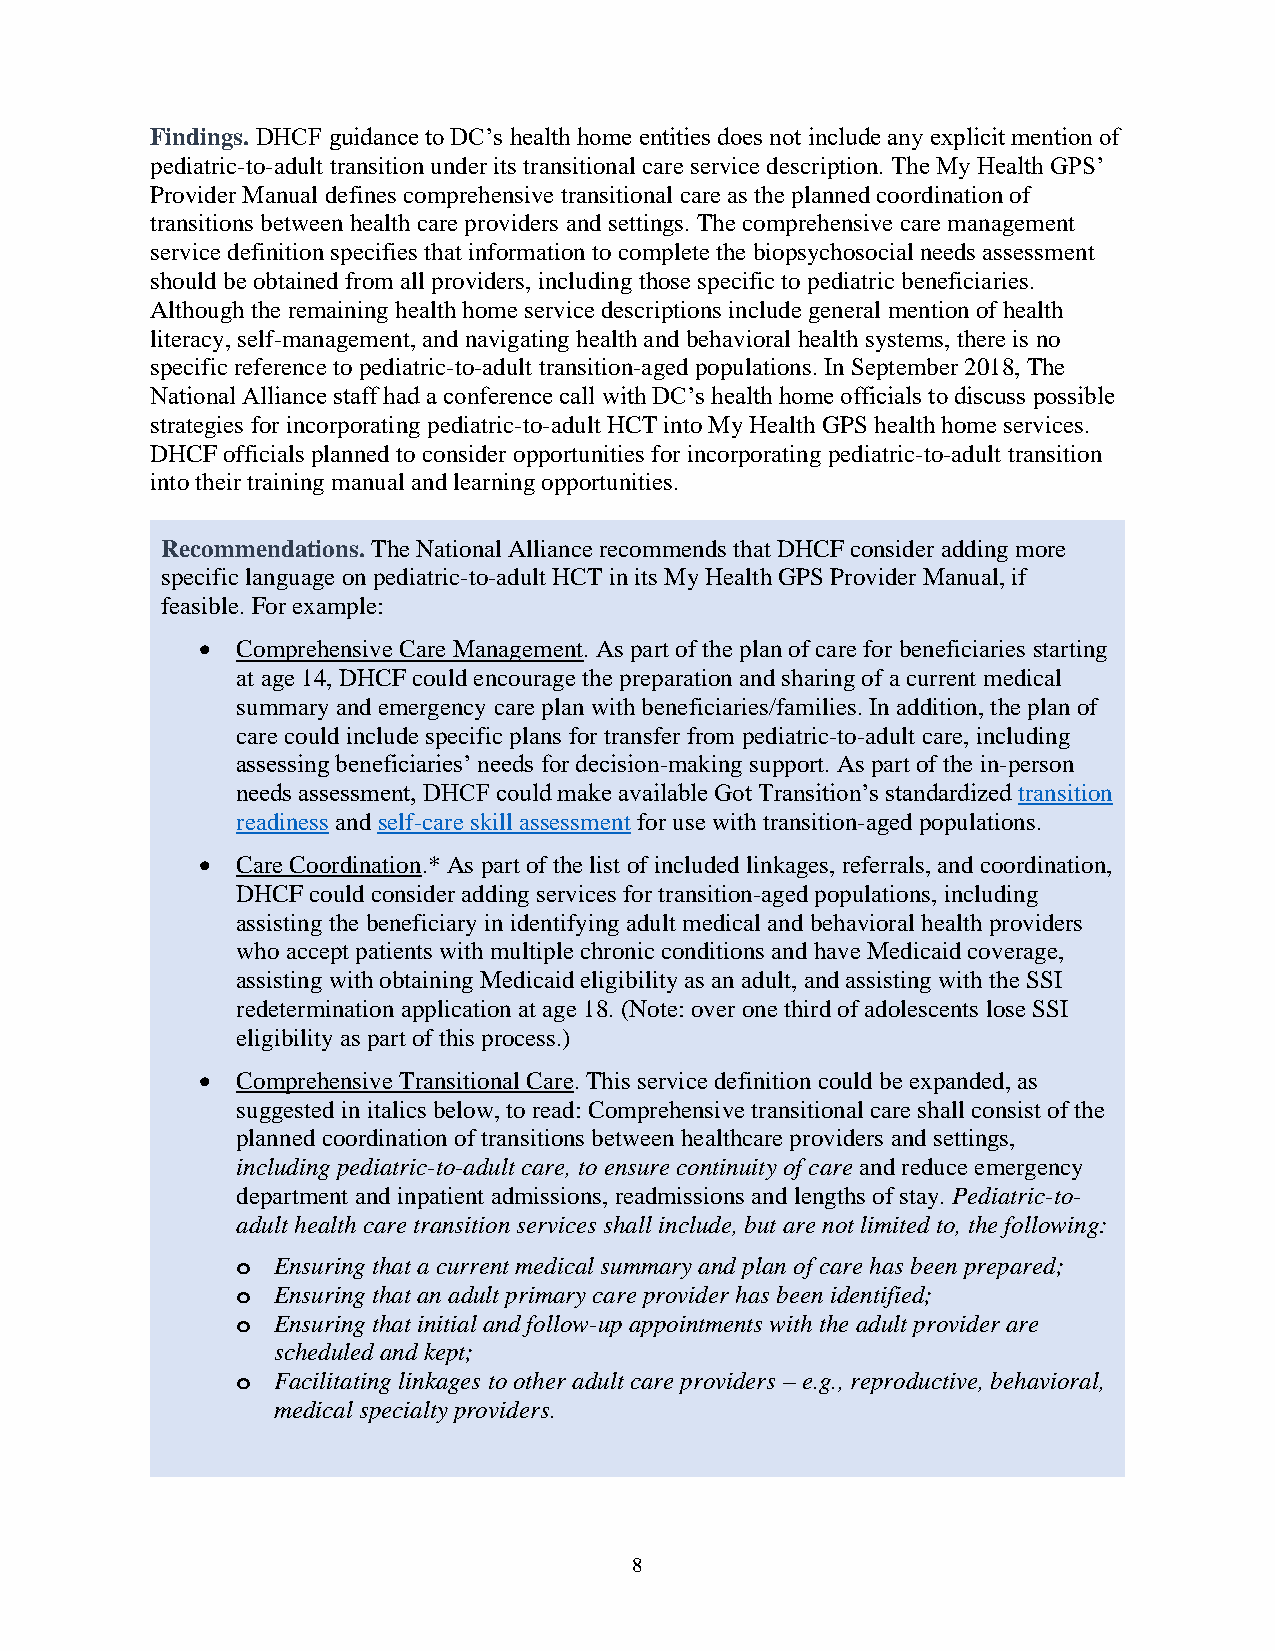
Findings. DHCF guidance to DC’s health home entities does not include any explicit mention of
 pediatric-to-adult transition under its transitional care service description. The My Health GPS’
 Provider Manual defines comprehensive transitional care as the planned coordination of
 transitions between health care providers and settings. The comprehensive care management
 service definition specifies that information to complete the biopsychosocial needs assessment
 should be obtained from all providers, including those specific to pediatric beneficiaries.
 Although the remaining health home service descriptions include general mention of health
 literacy, self-management, and navigating health and behavioral health systems, there is no
 specific reference to pediatric-to-adult transition-aged populations. In September 2018, The
 National Alliance staff had a conference call with DC’s health home officials to discuss possible
 strategies for incorporating pediatric-to-adult HCT into My Health GPS health home services.
 DHCF officials planned to consider opportunities for incorporating pediatric-to-adult transition
 into their training manual and learning opportunities.
 Recommendations. The National Alliance recommends that DHCF consider adding more
 specific language on pediatric-to-adult HCT in its My Health GPS Provider Manual, if
 feasible. For example:
 •  Comprehensive Care Management. As part of the plan of care for beneficiaries starting
 at age 14, DHCF could encourage the preparation and sharing of a current medical
 summary and emergency care plan with beneficiaries/families. In addition, the plan of
 care could include specific plans for transfer from pediatric-to-adult care, including
 assessing beneficiaries’ needs for decision-making support. As part of the in-person
 needs assessment, DHCF could make available Got Transition’s standardized transition
 readiness and self-care skill assessment for use with transition-aged populations.
 •  Care Coordination.* As part of the list of included linkages, referrals, and coordination,
 DHCF could consider adding services for transition-aged populations, including
 assisting the beneficiary in identifying adult medical and behavioral health providers
 who accept patients with multiple chronic conditions and have Medicaid coverage,
 assisting with obtaining Medicaid eligibility as an adult, and assisting with the SSI
 redetermination application at age 18. (Note: over one third of adolescents lose SSI
 eligibility as part of this process.)
 •  Comprehensive Transitional Care. This service definition could be expanded, as
 suggested in italics below, to read: Comprehensive transitional care shall consist of the
 planned coordination of transitions between healthcare providers and settings,
 including pediatric-to-adult care, to ensure continuity of care and reduce emergency
 department and inpatient admissions, readmissions and lengths of stay. Pediatric-to-
 adult health care transition services shall include, but are not limited to, the following:
 o Ensuring that a current medical summary and plan of care has been prepared;
 o Ensuring that an adult primary care provider has been identified;
 o Ensuring that initial and follow-up appointments with the adult provider are
 scheduled and kept;
 o Facilitating linkages to other adult care providers – e.g., reproductive, behavioral,
 medical specialty providers.
 8